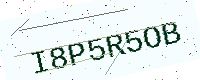
Text: I8P5R5OB